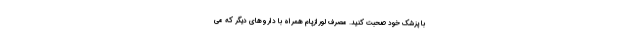
با پزشک خود صحبت کنید. مصرف لورازپام همراه با داروهای دیگر که می